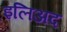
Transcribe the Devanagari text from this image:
इलिअद